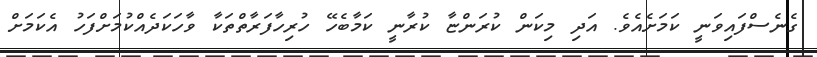
ގެނެސްފައިވަނީ ކަމަށެއެވެ. އަދި މިކަން ކުރަންޏާ ކުރާނީ ކަމާބެހޭ ހުރިހާފަރާތްތަކާ ވާހަކަދެއްކުމަށްފަހު އެކަމަށް